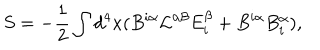
S = - { \frac { 1 } { 2 } } \int d ^ { 4 } x ( B ^ { i \alpha } { \cal L } ^ { \alpha \beta } E _ { i } ^ { \beta } + B ^ { i \alpha } B _ { i } ^ { \alpha } ) ,